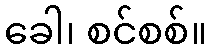
ခေါ၊ စင်စစ်။